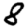
Digit: 8